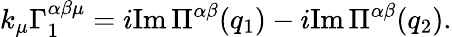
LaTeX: k_{\mu}\Gamma_{1}^{\alpha\beta\mu}=i\mathrm{Im}\, \Pi^{\alpha\beta}(q_{1})-i\mathrm{Im}\, \Pi^{\alpha\beta}(q_{2}).